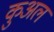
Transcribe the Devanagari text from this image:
कुअल